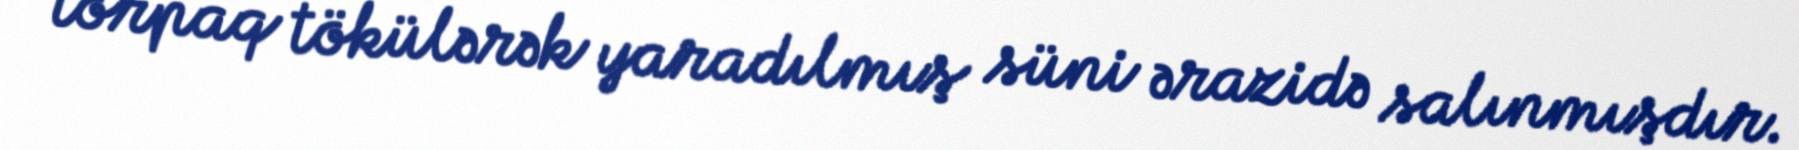
torpaq tökülərək yaradılmış süni ərazidə salınmışdır.